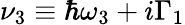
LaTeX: \nu_{3}\equiv\hbar\omega_{3}+i\Gamma_{1}